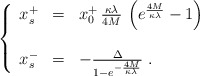
\begin{align*}\left\{\begin{array}{lll}x^+_s&=&x^+_0\,\frac{\kappa\lambda}{4M}\,\left(e^{\frac{4M}{\kappa\lambda}}-1\right)\\\\x^-_s&=&-\frac{\Delta}{1-e^{-\frac{4M}{\kappa\lambda}}}\;.\end{array}\right.\end{align*}